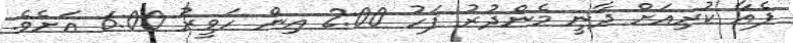
ފެއާ ކުރިއަށް ދާނީ މެންދުރު ފަހު 2:00 އިން ހަވީރު 6:00 އަށެވެ.